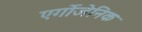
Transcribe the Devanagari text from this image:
एर्गोजेनिक